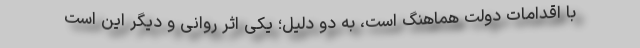
با اقدامات دولت هماهنگ است، به دو دلیل؛ یکی اثر روانی و دیگر این است